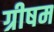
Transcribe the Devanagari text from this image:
ग्रीषम